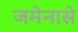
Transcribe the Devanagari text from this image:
जमेनासे